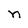
Character: n